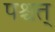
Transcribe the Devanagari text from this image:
पश्चत्